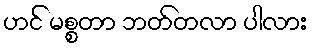
ဟင် မစ္စတာ ဘတ်တလာ ပါလား